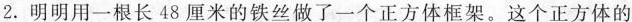
2.明明用一根长48厘米的铁丝做了一个正方体框架。这个正方体的